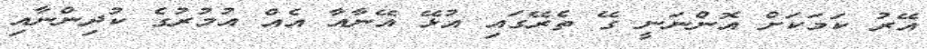
އޭރު ކަމަކަށް އޮންނަނީ ގޭ ތެރޭގައި އުޅޭ އޭނާއާ އެއް އުމުރުގެ ކުދިންނާއި